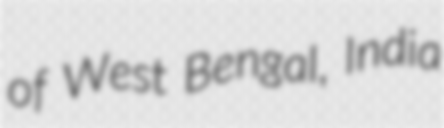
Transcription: of West Bengal, India